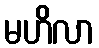
မဟိလာ